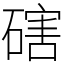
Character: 磍